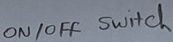
Text: ON/OFF  Switch